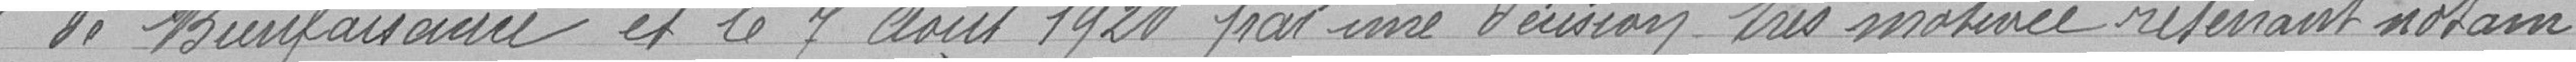
de Bienfaisance et le 7 août 1920 par une décision très motivée retenant notam